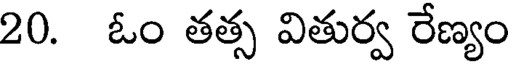
20. ఓం తత్స వితుర్వ రేణ్యం